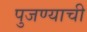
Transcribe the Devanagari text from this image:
पुजण्याची